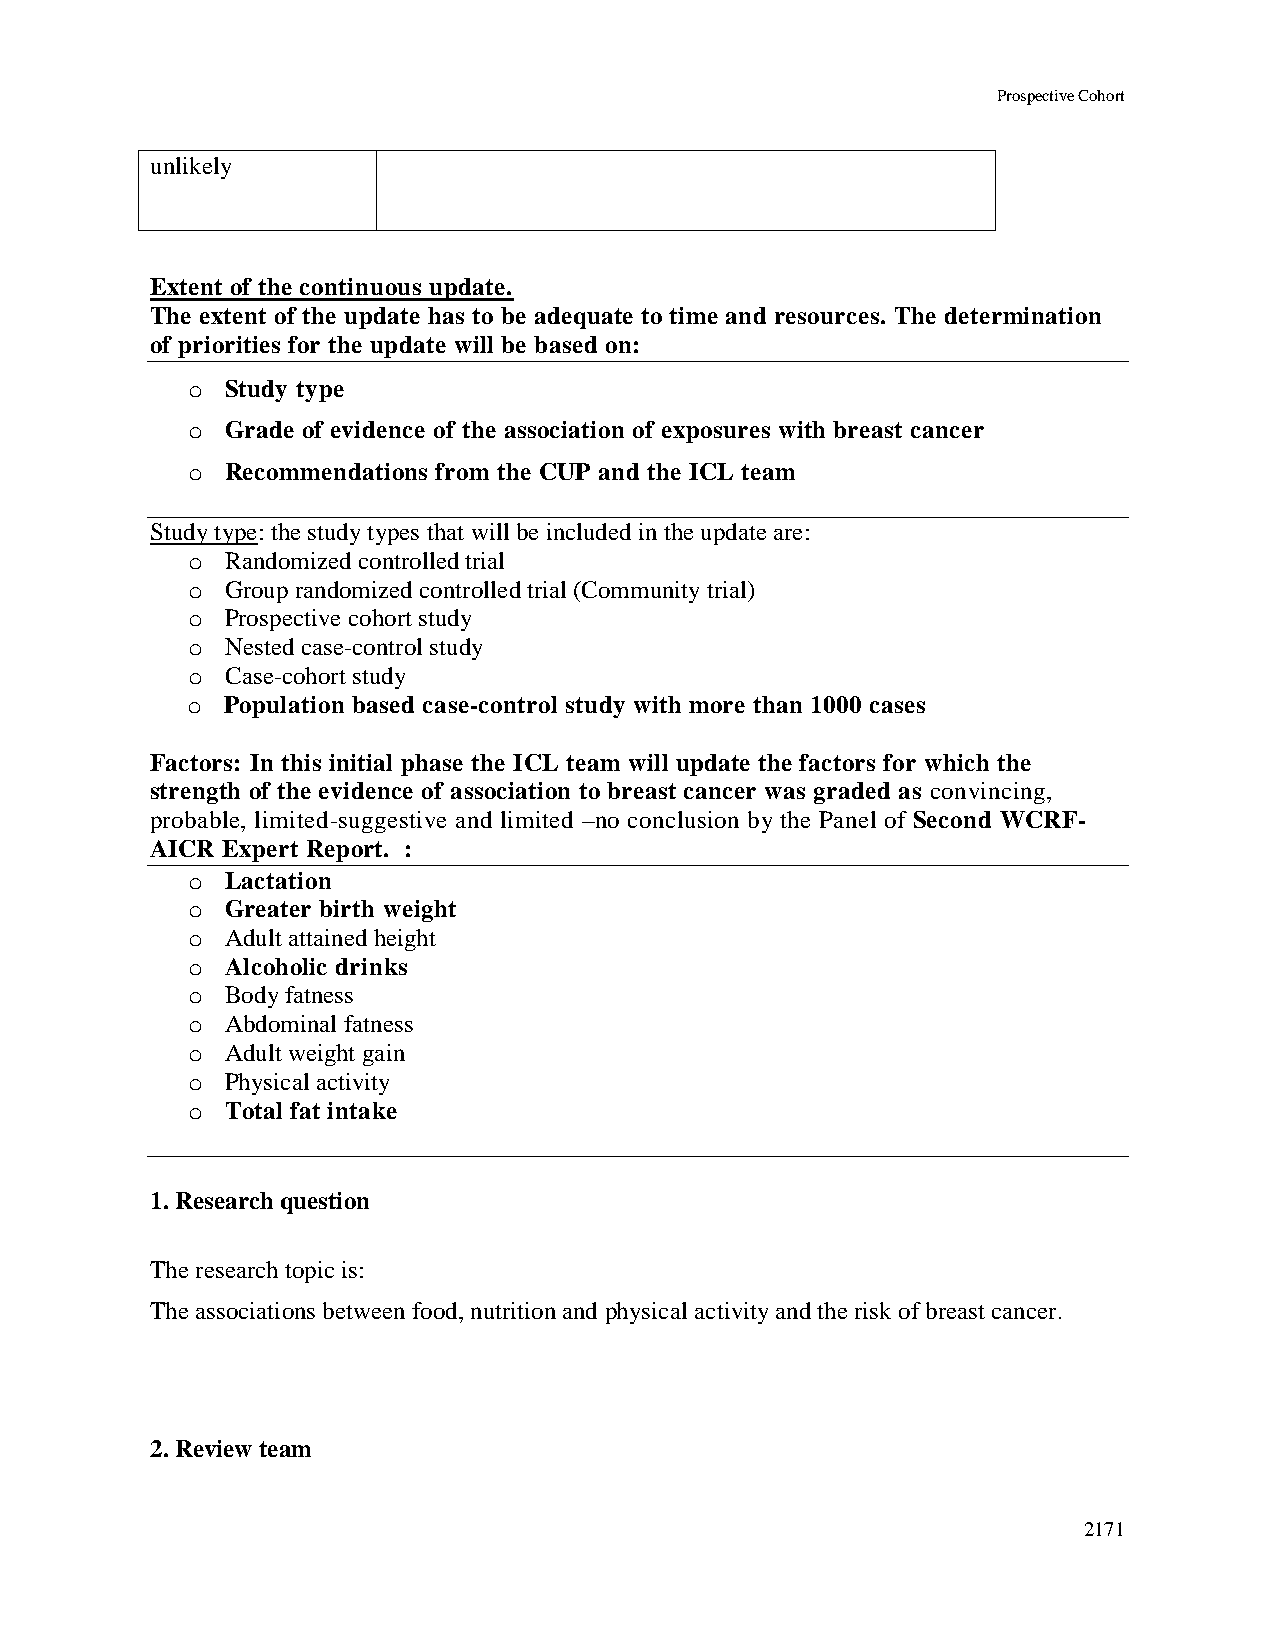
Prospective Cohort
 unlikely
 Extent of the continuous update.
 The extent of the update has to be adequate to time and resources. The determination
 of priorities for the update will be based on:
 o  Study type
 o  Grade of evidence of the association of exposures with breast cancer
 o  Recommendations from the CUP and the ICL team
 Study type: the study types that will be included in the update are:
 o  Randomized controlled trial
 o  Group randomized controlled trial (Community trial)
 o  Prospective cohort study
 o  Nested case-control study
 o  Case-cohort study
 o  Population based case-control study with more than 1000 cases
 Factors: In this initial phase the ICL team will update the factors for which the
 strength of the evidence of association to breast cancer was graded as convincing,
 probable, limited-suggestive and limited –no conclusion by the Panel of Second WCRF-
 AICR Expert Report. :
 o  Lactation
 o  Greater birth weight
 o  Adult attained height
 o  Alcoholic drinks
 o  Body fatness
 o  Abdominal fatness
 o  Adult weight gain
 o  Physical activity
 o  Total fat intake
 1. Research question
 The research topic is:
 The associations between food, nutrition and physical activity and the risk of breast cancer.
 2. Review team
 2171